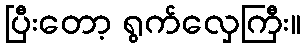
ပြီးတော့ ရွက်လှေကြီး။